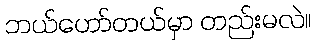
ဘယ်ဟော်တယ်မှာ တည်းမလဲ။